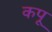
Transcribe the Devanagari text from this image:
कपू